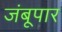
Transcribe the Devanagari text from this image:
जंबूपार